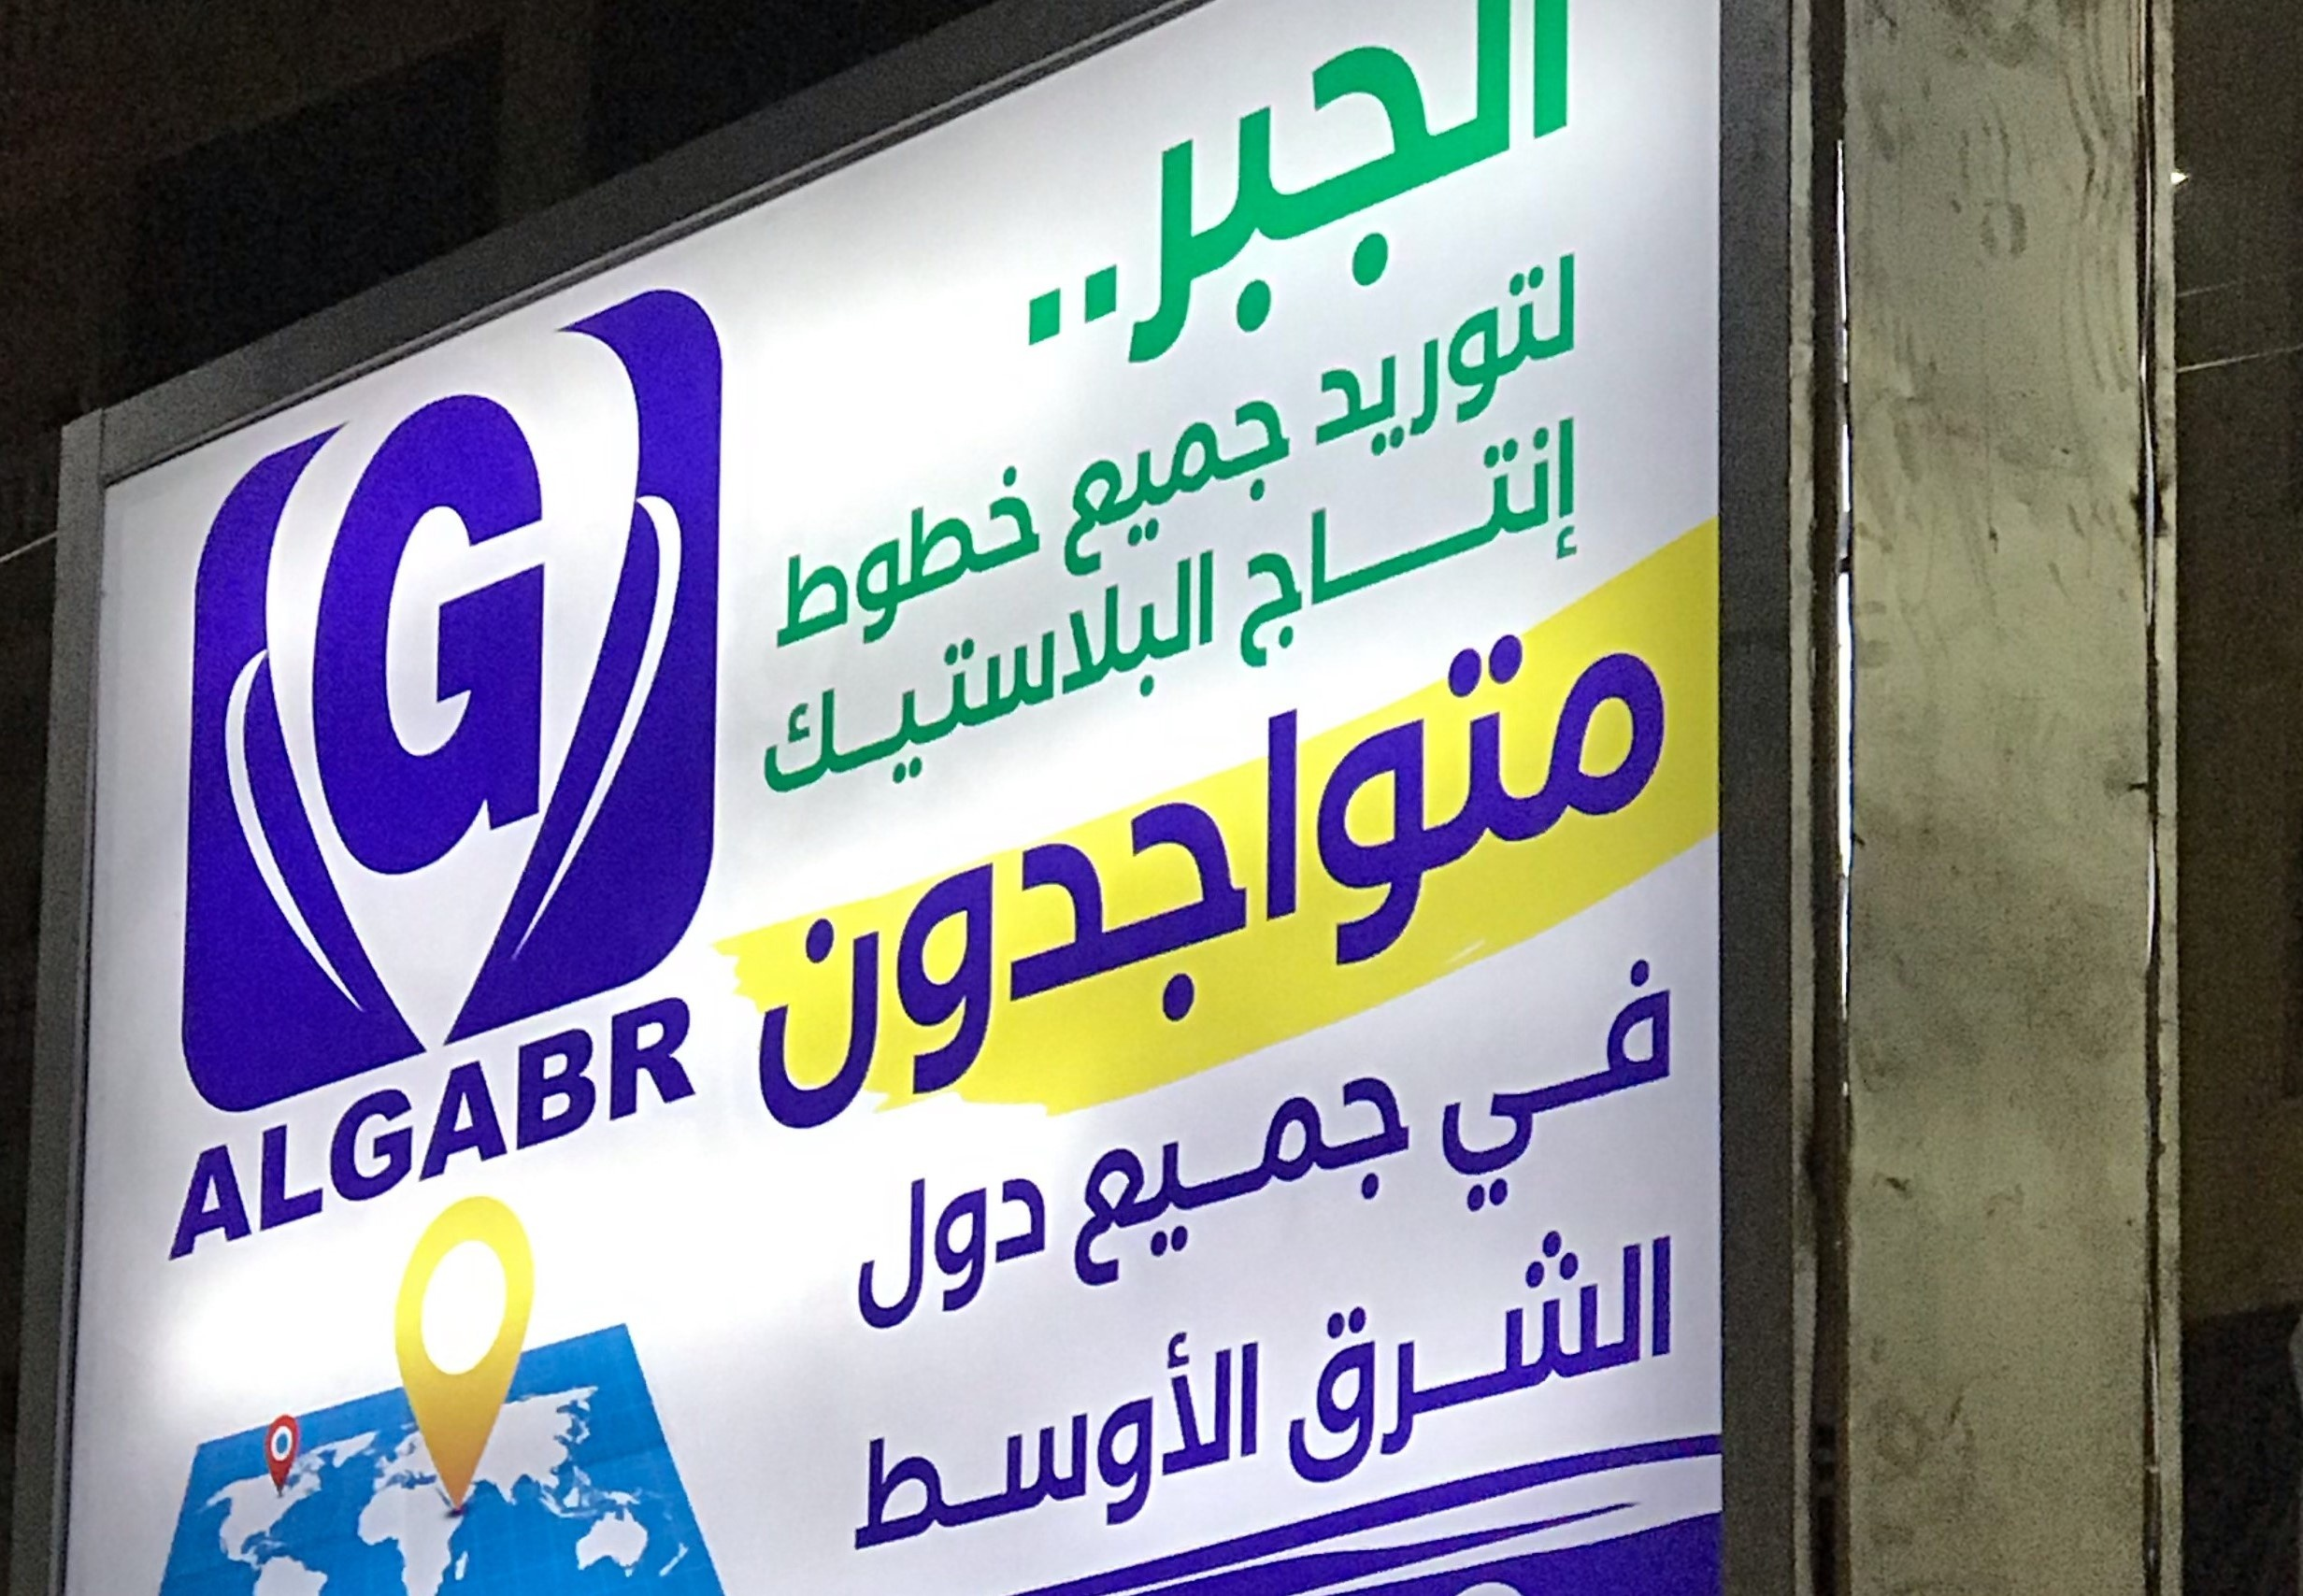
Text in image: الجبر.. لتوريد جميع إنتاج خطوط البلاستيك متواجدون في جميع دول الشرق الأوسط G ALGABR